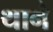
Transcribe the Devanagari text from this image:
थानै